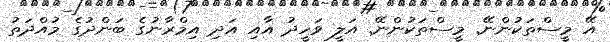
އޭ މީސްތަކުންނޭ